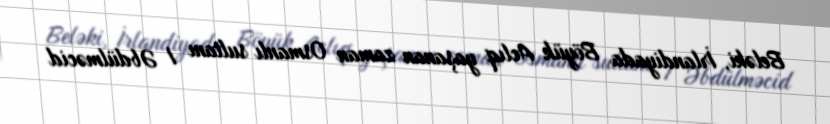
Beləki, İrlandiyada Böyük Aclıq yaşanan zaman Osmanlı sultanı I Əbdülməcid